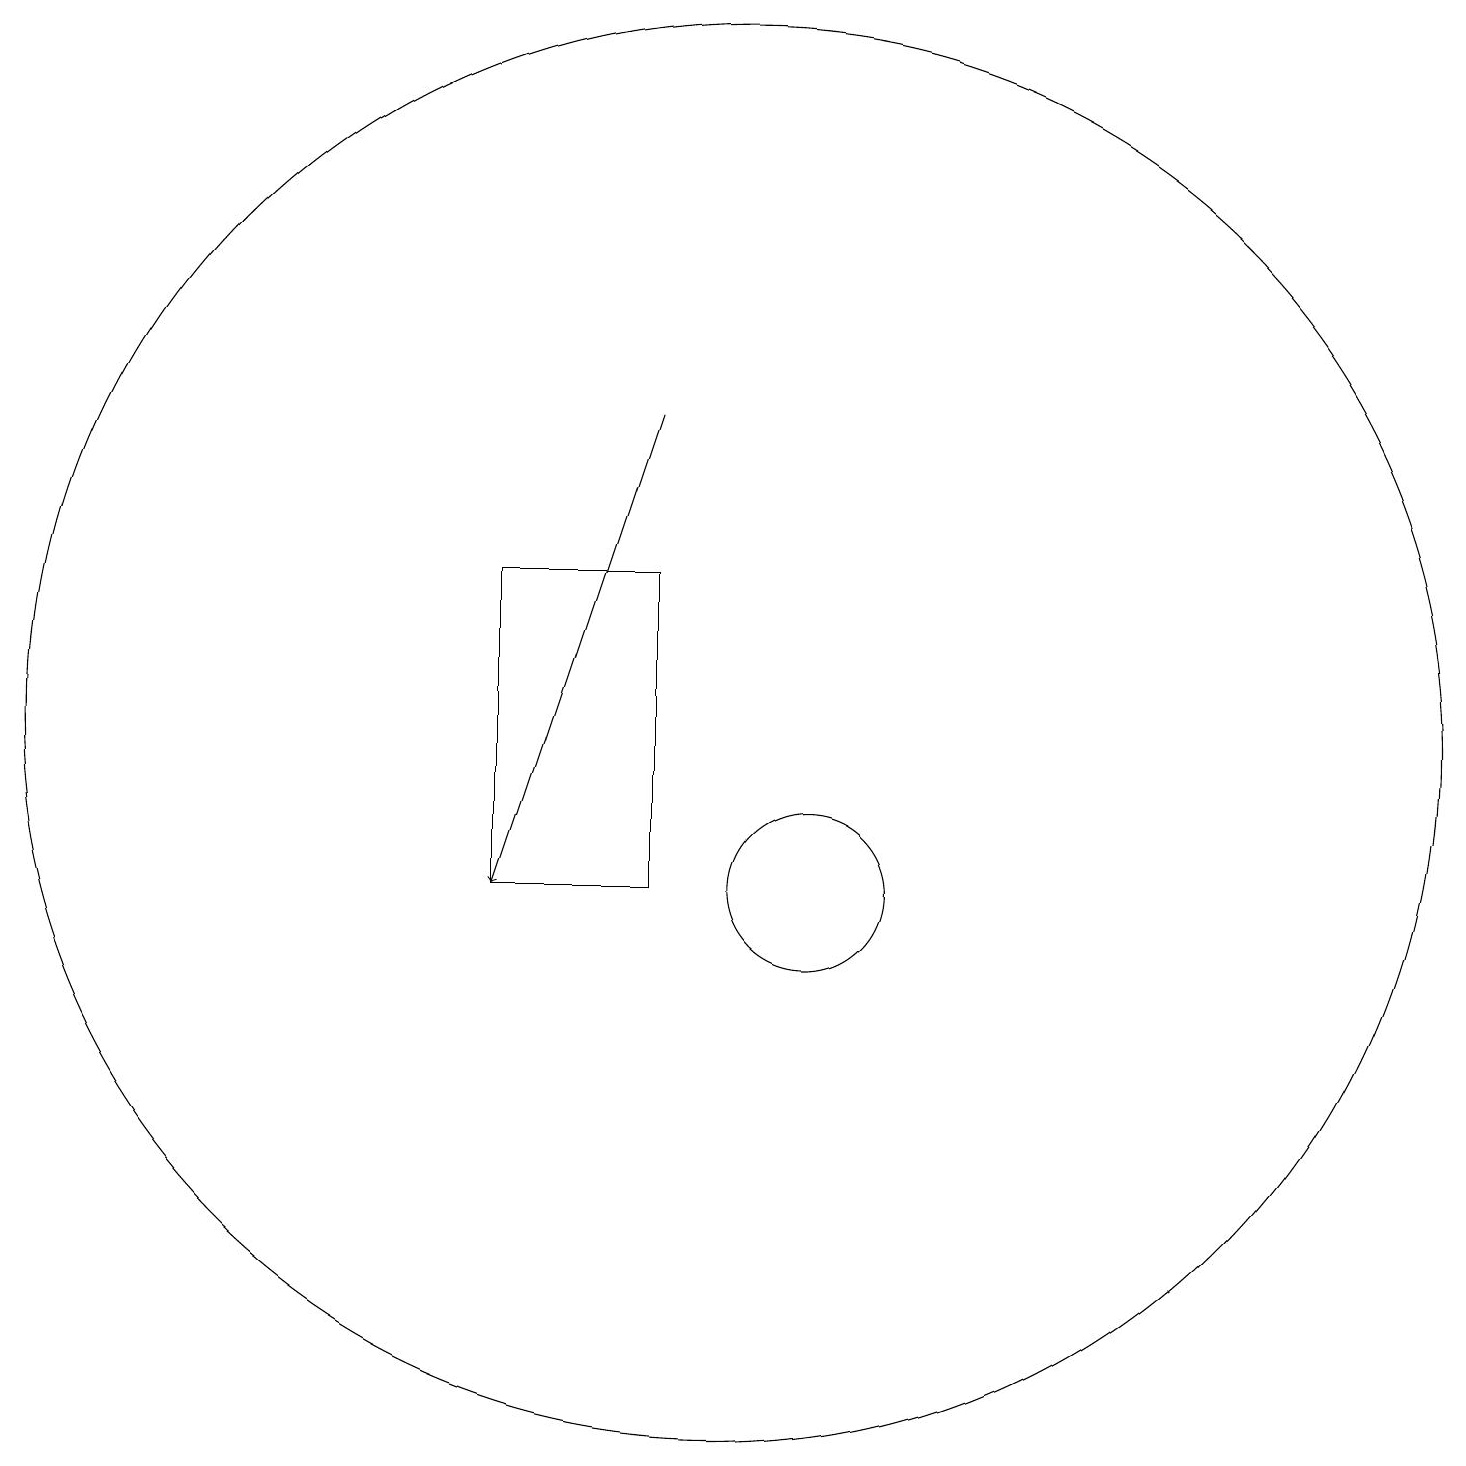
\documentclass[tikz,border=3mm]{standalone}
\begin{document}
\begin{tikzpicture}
\draw (10,12) circle (9);
\draw[->] (9,16) -- (7,10);
\draw (7,10) rectangle (9,14);
\draw (11,10) circle (1);
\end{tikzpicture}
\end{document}